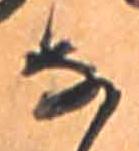
な